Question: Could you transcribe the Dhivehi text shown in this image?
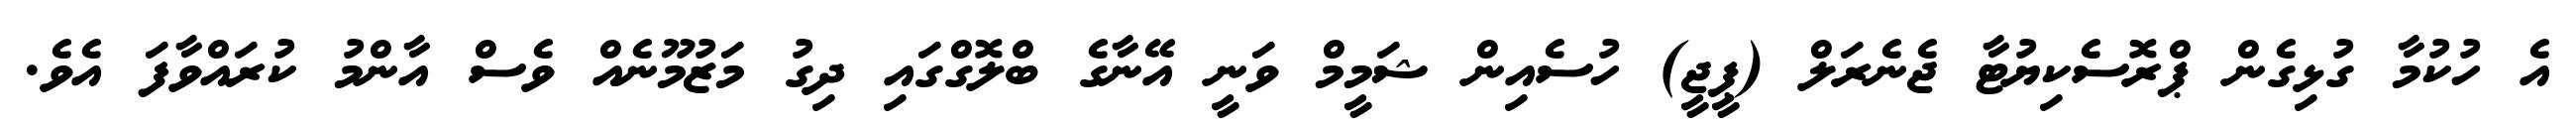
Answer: އެ ހުކުމާ ގުޅިގެން ޕްރޮސެކިޔުޓާ ޖެނެރަލް (ޕީޖީ) ހުސެއިން ޝަމީމް ވަނީ އޭނާގެ ބްލޮގްގައި ދިގު މަޒުމޫނެއް ވެސް އާންމު ކުރައްވާފަ އެވެ.